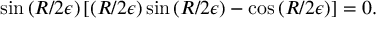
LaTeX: \sin \left( R / 2 \epsilon \right) \left[ \left( R / 2 \epsilon \right) \sin \left( R / 2 \epsilon \right) - \cos \left( R / 2 \epsilon \right) \right] = 0 .